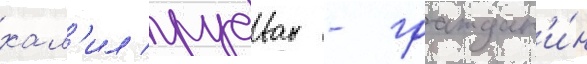
хал'ил рудван - граждан'и́н